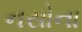
નસોના